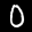
Label: 0